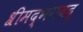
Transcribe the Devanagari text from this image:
श्रीमद्भगवद्